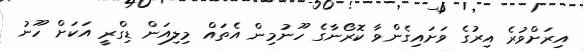
އިރަށްވުރެ އިރުގެ ވަށައިގެންވާ ކޮރޯނާގެ ހޫނުމިން އެތައް މިލިއަން ޑިގްރީ އަކަށް ހޫނު